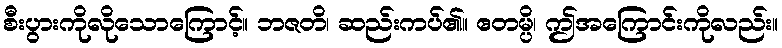
စီးပွားကိုလိုသောကြောင့်။ ဘဇတိ၊ ဆည်းကပ်၏။ ဧတမ္ပိ၊ ဤအကြောင်းကိုလည်း။